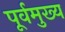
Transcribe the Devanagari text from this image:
पूर्वमुख्य